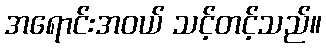
အရောင်းအဝယ် သင့်တင့်သည်။